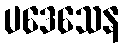
ပဒေသေန